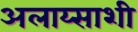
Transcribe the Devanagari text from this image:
अलाय्साशी